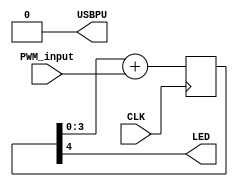
// look in pins.pcf for all the pin names on the TinyFPGA BX board
module top (
    input CLK,    // 16MHz clock
    output LED,   // User/boot LED next to power LED
    input[3:0] PWM_input,
    output USBPU  // USB pull-up resistor
);
    // drive USB pull-up resistor to '0' to disable USB
    assign USBPU = 0;

    reg[4:0] PWM;
    always @(posedge CLK) PWM <= PWM[3:0] + PWM_input;

    assign LED=PWM[4];
endmodule